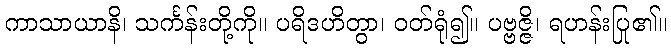
ကာသာယာနိ၊ သင်္ကန်းတို့ကို။ ပရိဒဟိတွာ၊ ဝတ်ရုံ၍။ ပဗ္ဗဇ္ဇိ၊ ရဟန်းပြု၏။